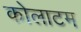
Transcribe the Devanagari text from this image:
कोलाटम